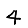
Digit: 4